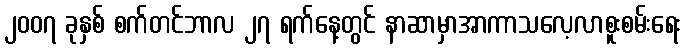
၂၀၀၇ ခုနှစ် စက်တင်ဘာလ ၂၇ ရက်နေ့တွင် နာဆာမှာအာကာသလေ့လာစူးစမ်းရေး